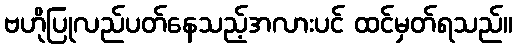
ဗဟိုပြုလည်ပတ်နေသည့်အလားပင် ထင်မှတ်ရသည်။